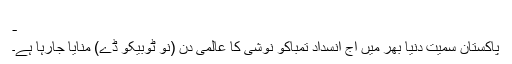
-
پاکستان سمیت دنیا بھر میں آج انسداد تمباکو نوشی کا عالمی دن (نو ٹوبیکو ڈے) منایا جارہا ہے۔